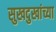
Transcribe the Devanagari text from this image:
सुखदुखांच्या